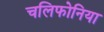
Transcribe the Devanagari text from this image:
चलिफोनिया